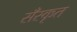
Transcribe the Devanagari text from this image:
सँस्कृत